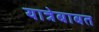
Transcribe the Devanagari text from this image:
यात्रेबाबत